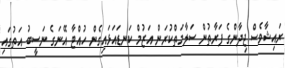
ރައިޝާވެސް ޖިދާންގެ ފަރާތުން ސަލާމަތްކުރަން އަޒުމް ކަނޑައަޅައިގެން ހުއްޓާ އޭނަގެ ނަސީބު އަތުގައި